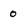
Character: 0